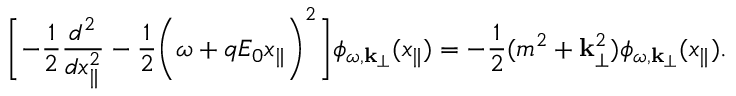
\Biggl [ - \frac { 1 } { 2 } \frac { d ^ { 2 } } { d x _ { \parallel } ^ { 2 } } - \frac { 1 } { 2 } \Biggl ( \omega + q E _ { 0 } x _ { \parallel } \Biggr ) ^ { 2 } \Biggr ] \phi _ { \omega , { \bf k } _ { \perp } } ( x _ { \parallel } ) = - \frac { 1 } { 2 } ( m ^ { 2 } + { \bf k } _ { \perp } ^ { 2 } ) \phi _ { \omega , { \bf k } _ { \perp } } ( x _ { \parallel } ) .